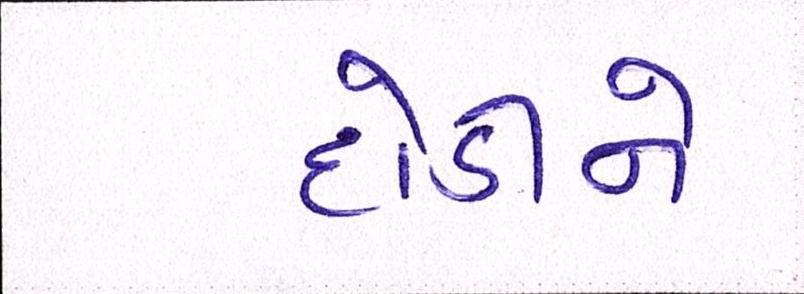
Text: દોડીને